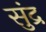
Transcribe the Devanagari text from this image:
सुंद्र